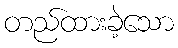
တည်ထားခဲ့သော